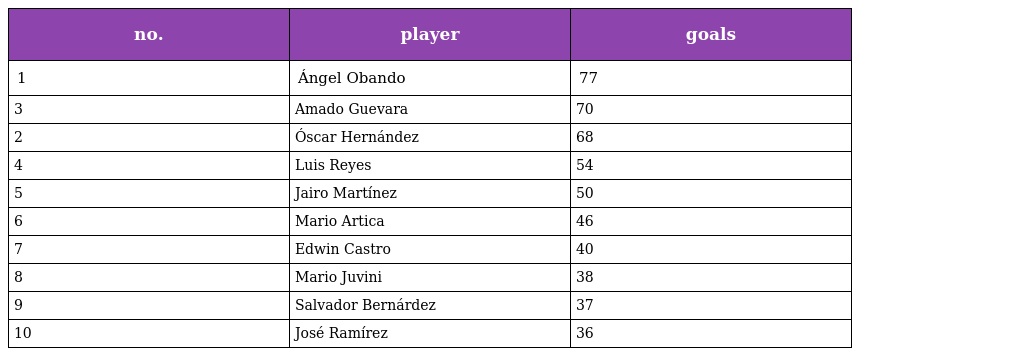
| no. | player | goals |
 | --- | --- | --- |
 | 1 | Ángel Obando | 77 |
 | 3 | Amado Guevara | 70 |
 | 2 | Óscar Hernández | 68 |
 | 4 | Luis Reyes | 54 |
 | 5 | Jairo Martínez | 50 |
 | 6 | Mario Artica | 46 |
 | 7 | Edwin Castro | 40 |
 | 8 | Mario Juvini | 38 |
 | 9 | Salvador Bernárdez | 37 |
 | 10 | José Ramírez | 36 |